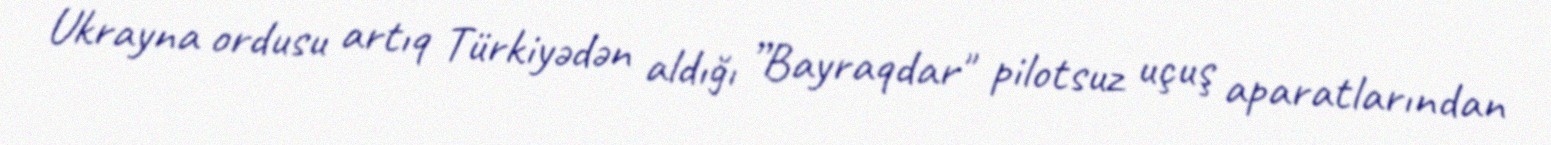
Ukrayna ordusu artıq Türkiyədən aldığı ”Bayraqdar" pilotsuz uçuş aparatlarından